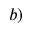
^ { b ) }